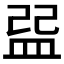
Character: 𥁥